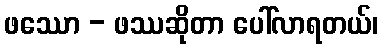
ဖဿော - ဖဿဆိုတာ ပေါ်လာရတယ်၊